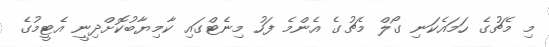
މި މެޗުގެ ހަމައެކަނި ގޯލް މެޗުގެ އެންމެ ފަހު މިނެޓްގައި ކާމިޔާބުކޮށްދިނީ އެޓީމުގެ